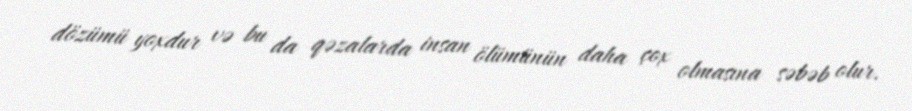
dözümü yoxdur və bu da qəzalarda insan ölümünün daha çox olmasına səbəb olur.